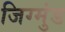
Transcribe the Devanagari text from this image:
जिग्मुंड